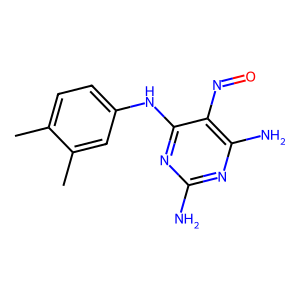
SMILES: Cc1ccc(Nc2nc(N)nc(N)c2N=O)cc1C
Inhibits HIV replication: No